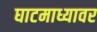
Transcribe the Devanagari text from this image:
घाटमाध्यावर